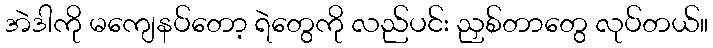
အဲဒါကို မကျေနပ်တော့ ရဲတွေကို လည်ပင်း ညှစ်တာတွေ လုပ်တယ်။